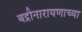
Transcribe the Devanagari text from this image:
बद्रीनारायणाच्या